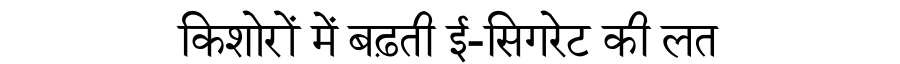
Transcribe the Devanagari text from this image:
किशोरों में बढ़ती ई-सिगरेट की लत